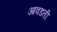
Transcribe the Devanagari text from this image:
आवडतीं